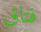
فتاق